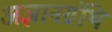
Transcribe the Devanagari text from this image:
अज्ञानग्रंथि